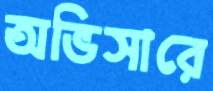
অভিসারে